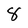
Character: 8